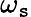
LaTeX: \omega_{\mathtt{s}}